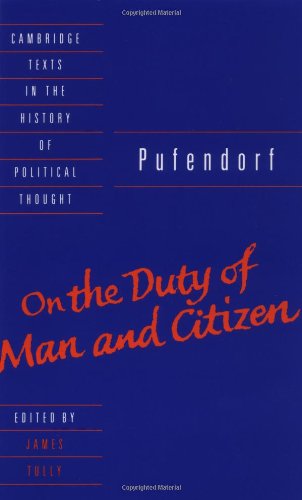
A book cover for Pufendorf: On the Duty of Man and Citizen according to Natural Law (Cambridge Texts in the History of Political Thought); Samuel Pufendorf; Law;